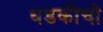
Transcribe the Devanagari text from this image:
धडकीची